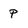
Character: P